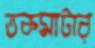
তকমাটার